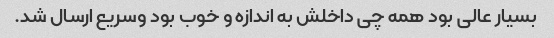
بسیار عالی بود همه چی داخلش به اندازه و خوب بود وسریع ارسال شد.